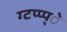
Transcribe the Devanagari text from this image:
ग्टप्प्प्े